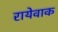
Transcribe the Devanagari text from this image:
रायेवाक